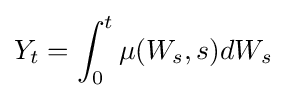
Y_{t}=\int _{0}^{t}\mu (W_{s},s)dW_{s}